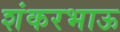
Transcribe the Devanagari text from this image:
शंकरभाऊ